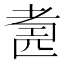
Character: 𱻬